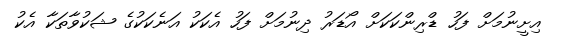
އިށީނުމަށް ފަހު ޑްރިންކަކަށް އޯޑަރު ދިނުމަށް ފަހު އެކަކު އަނެކަކުގެ ޝަކުވާތަކާ އެކު